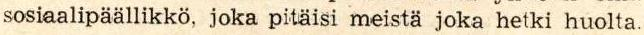
sosiaalipäällikkö, joka pitäisi meistä joka hetki huolta.